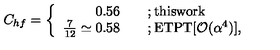
C _ { h f } = \left\{ \begin{array} { r l } { 0 . 5 6 \quad } & { ; \mathrm { t h i s w o r k } } \\ { \frac { 7 } { 1 2 } \simeq 0 . 5 8 \quad } & { ; \mathrm { E T P T [ { \cal O } ( \alpha ^ 4 ) ] } , } \\ \end{array} \right.